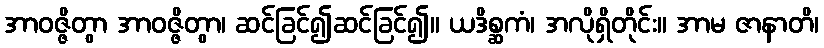
အာဝဇ္ဇိတွာ အာဝဇ္ဇိတွာ၊ ဆင်ခြင်၍ဆင်ခြင်၍။ ယဒိစ္ဆကံ၊ အလိုရှိတိုင်း။ အာမ ဇာနာတိ၊